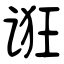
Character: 诳